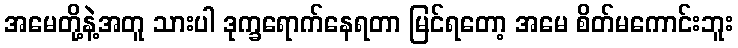
အမေတို့နဲ့အတူ သားပါ ဒုက္ခရောက်နေရတာ မြင်ရတော့ အမေ စိတ်မကောင်းဘူး